Scientific memoirs by medical officers of the Army of India - Part V,
Year: 1890
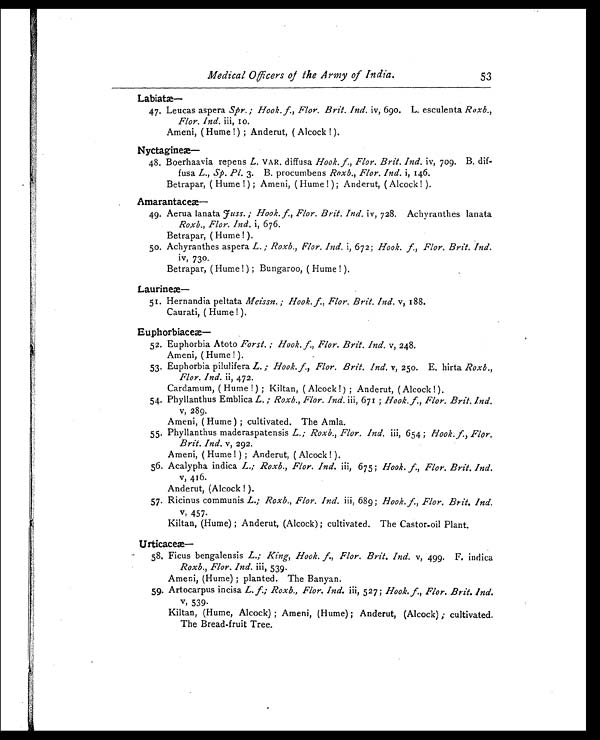
Medical Officers of the Army of India.
Labiat
æ—
47. Leucas aspera Spr.; Hook. f., Flor. Brit. Ind. iv, 690. L. esculenta Roxb.,
Flor. Ind. iii, 10.
Ameni, (Hume!); Anderut, (Alcock!).
Nyctagine
æ—
48. Boerhaavia repens L. VAR. diffusa Hook. f., Flor. Brit. Ind. iv, 709. B. dif
-
fusa L., Sp. Pl. 3. B. procumbens Roxb., Flor. Ind. i, 146.
Betrapar, (Hume!); Ameni, (Hume!); Anderut, (Alcock!).
Amarantace
æ—
49. Aerua lanata Fuss.; Hook. f., Flor. Brit. Ind. iv, 728. Achyranthes lanata
Roxb., Flor. Ind. i, 676.
Betrapar, (Hume!).
50. Achyranthes aspera L.; Roxb., Flor. Ind. i, 672; Hook. f., Flor. Brit. Ind.
iv, 730.
Betrapar, (Hume!); Bungaroo, (Hume!).
Laurine
æ—
51. Hernandia peltata Meissn.; Hook. f., Flor. Brit. Ind. v, 188.
Caurati, (Hume!).
Euphorbiace
æ—
52. Euphorbia Atoto Forst.; Hook. f., Flor. Brit. Ind. v, 248.
Ameni, (Hume!).
53. Euphorbia pilulifera L.; Hook. f., Flor. Brit. Ind. v, 250. E. hirta Roxb.,
Flor. Ind. ii, 472.
Cardamum, (Hume!); Kiltan, (Alcock!); Anderut, (Alcock!).
54. Phyllanthus Emblica L.; Roxb., Flor. Ind. iii, 671; Hook. f., Flor. Brit. Ind.
v , 2 8 9 .
Ameni, (Hume); cultivated. The Amla.
55. Phyllanthus maderaspatensis L.; Roxb., Flor. Ind. iii, 654; Hook. f., Flor.
Brit. Ind. v, 292.
Ameni, (Hume!); Anderut, (Alcock!).
56. Acalypha indica L.; Roxb., Flor. Ind. iii, 675; Hook. f., Flor. Brit. Ind.
v, 416.
Anderut, (Alcock!).
57. Ricinus communis L.; Roxb., Flor. Ind. iii, 689; Hook. f., Flor. Brit. Ind.
v , 4 5 7 .
Kiltan, (Hume); Anderut, (Alcock); cultivated. The Castor-oil Plant.
Urticaceæ—
58. Ficus bengalensis L.; King, Hook. f., Flor. Brit. Ind. v, 499. F. indica
Roxb., Flor. Ind. iii, 539.
Ameni, (Hume); planted. The Banyan.
59. Artocarpus incisa L. f.; Roxb., Flor. Ind. iii, 527; Hook. f., Flor. Brit. Ind.
v, 539.
Kilian, (Hume, Alcock); Ameni, (Hume); Anderut, (Alcock); cultivated.
The Bread-fruit Tree.
53